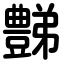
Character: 豑